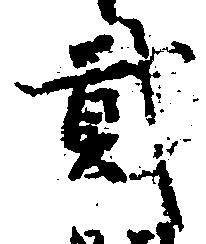
弐